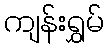
ကျန်းရွှမ်